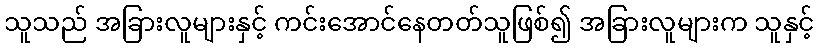
သူသည် အခြားလူများနှင့် ကင်းအောင်နေတတ်သူဖြစ်၍ အခြားလူများက သူနှင့်